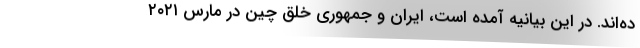
ده‌اند. در این بیانیه آمده است، ایران و جمهوری خلق چین در مارس ۲۰۲۱